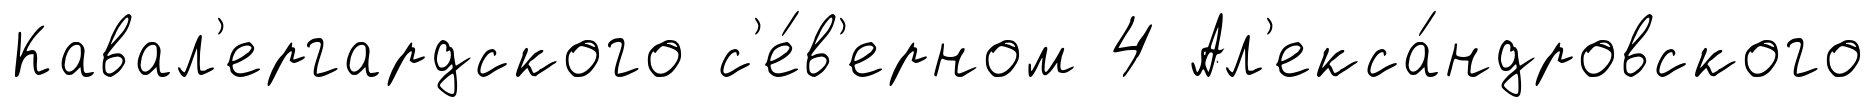
Кавал'ергардского с'е́в'ерном 4 Ал'екса́ндровского